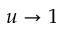
u \rightarrow 1